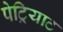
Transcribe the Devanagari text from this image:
पेट्रियाट